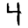
Digit: 4